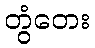
တွံတေး